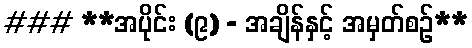
### **အပိုင်း (၉) - အချိန်နှင့် အမှတ်စဉ်**